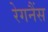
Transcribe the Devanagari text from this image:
रेगनैंस